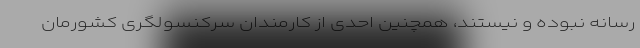
رسانه نبوده و نیستند، همچنین احدی از کارمندان سرکنسولگری کشورمان